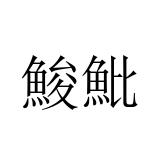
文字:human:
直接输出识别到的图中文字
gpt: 鮻魮